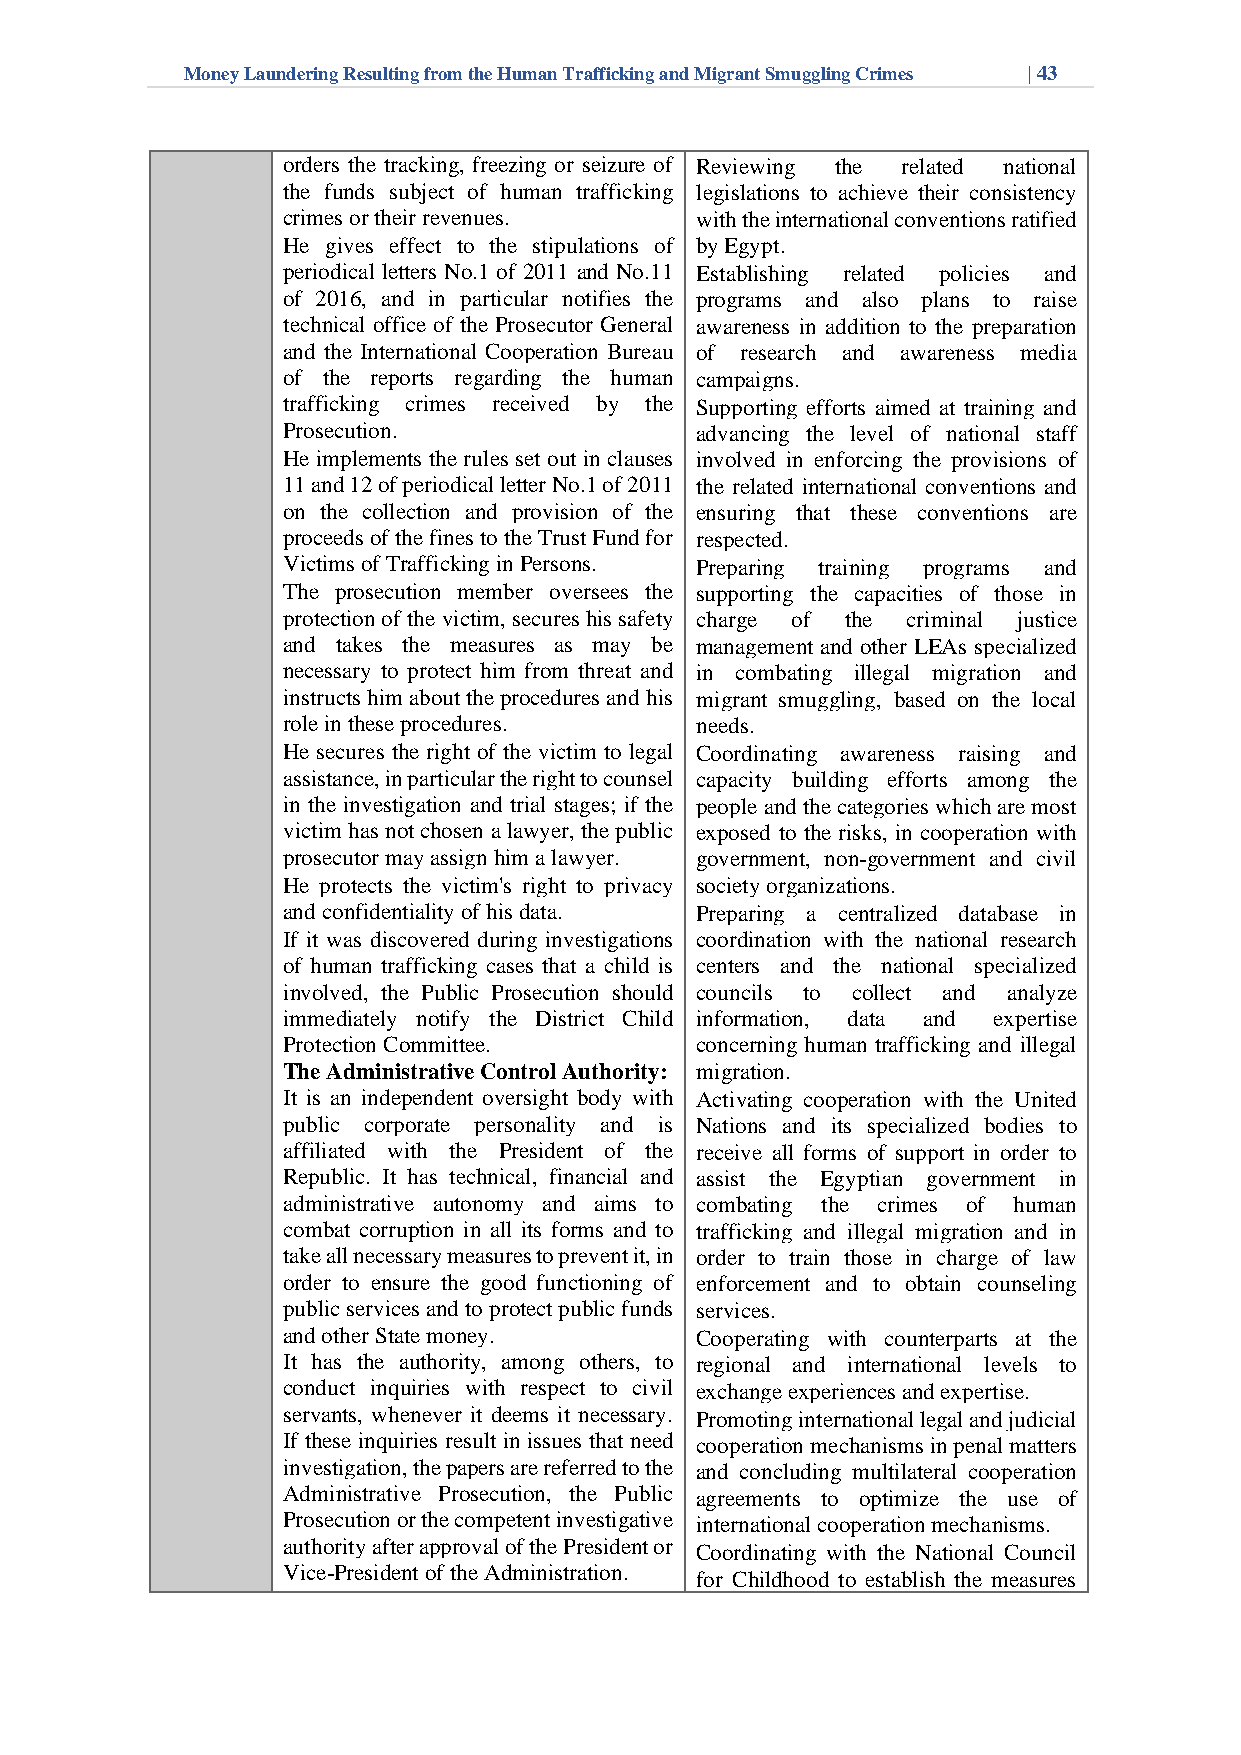
Money Laundering Resulting from the Human Trafficking and Migrant Smuggling Crimes | 43
 orders the tracking, freezing or seizure o•f Reviewing the related national
 the funds subject of human trafficking legislations to achieve their consistency
 crimes or their revenues.  with the international conventions ratified
 •  He gives effect to the stipulations of by Egypt.
 periodical letters No.1 of 2011 and No.1•1 Establishing related policies and
 of 2016, and in particular notifies the programs and also plans to raise
 technical office of the Prosecutor General awareness in addition to the preparation
 and the International Cooperation Bureau of research and awareness media
 of the reports regarding the human campaigns.
 trafficking crimes received by th•e Supporting efforts aimed at training and
 Prosecution.               advancing the level of national staff
 •  He implements the rules set out in clauses involved in enforcing the provisions of
 11 and 12 of periodical letter No.1 of 2011 the related international conventions and
 on the collection and provision of the ensuring that these conventions are
 proceeds of the fines to the Trust Fund for respected.
 Victims of Trafficking in Persons. • Preparing training programs and
 •  The prosecution member oversees the supporting the capacities of those in
 protection of the victim, secures his safety charge of the criminal justice
 and takes the measures as may be management and other LEAs specialized
 necessary to protect him from threat and in combating illegal migration and
 instructs him about the procedures and his migrant smuggling, based on the local
 role in these procedures.  needs.
 •  He secures the right of the victim to lega•l Coordinating awareness raising and
 assistance, in particular the right to counsel capacity building efforts among the
 in the investigation and trial stages; if the people and the categories which are most
 victim has not chosen a lawyer, the public exposed to the risks, in cooperation with
 prosecutor may assign him a lawyer. government, non-government and civil
 •  He protects the victim's right to privacy society organizations.
 and confidentiality of his data. • Preparing a centralized database in
 •  If it was discovered during investigations coordination with the national research
 of human trafficking cases that a child is centers and the national specialized
 involved, the Public Prosecution should councils to collect and analyze
 immediately notify the District Child information, data and expertise
 Protection Committee.      concerning human trafficking and illegal
 2. The Administrative Control Authority: migration.
 It is an independent oversight body wit•h Activating cooperation with the United
 public corporate personality and is Nations and its specialized bodies to
 affiliated with the President of the receive all forms of support in order to
 Republic. It has technical, financial and assist the Egyptian government in
 administrative autonomy and aims to combating the crimes of human
 combat corruption in all its forms and to trafficking and illegal migration and in
 take all necessary measures to prevent it, in order to train those in charge of law
 order to ensure the good functioning of enforcement and to obtain counseling
 public services and to protect public funds services.
 and other State money.   • Cooperating with counterparts at the
 It has the authority, among others, to regional and international levels to
 conduct inquiries with respect to civil exchange experiences and expertise.
 servants, whenever it deems it necessary•. Promoting international legal and judicial
 If these inquiries result in issues that need cooperation mechanisms in penal matters
 investigation, the papers are referred to the and concluding multilateral cooperation
 Administrative Prosecution, the Public agreements to optimize the use of
 Prosecution or the competent investigative international cooperation mechanisms.
 authority after approval of the President or
 • Coordinating with the National Council
 Vice-President of the Administration.
 for Childhood to establish the measures